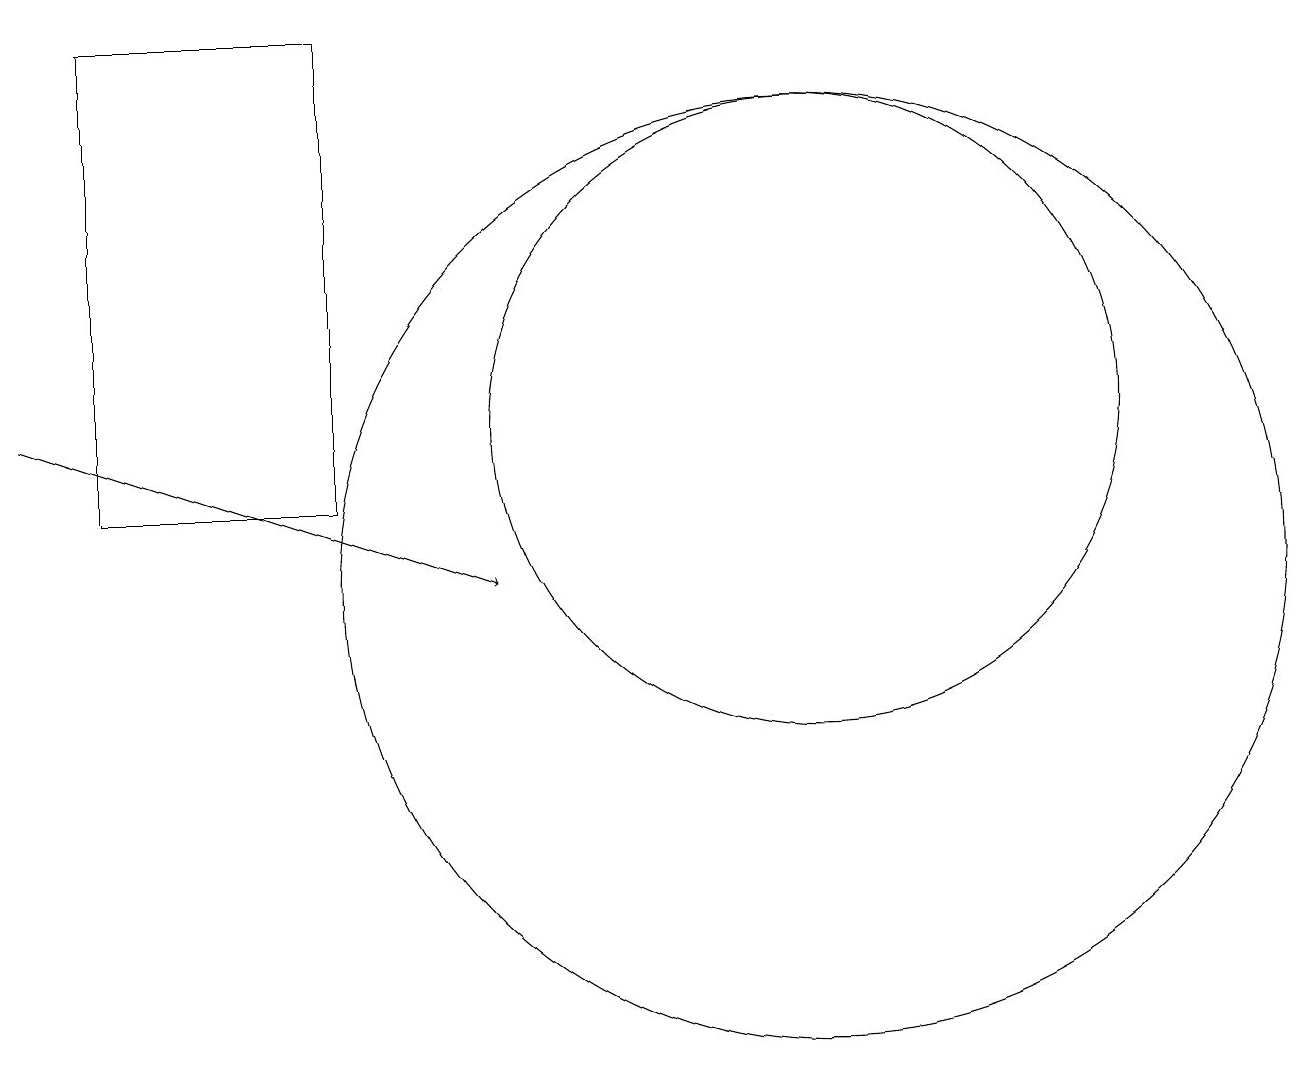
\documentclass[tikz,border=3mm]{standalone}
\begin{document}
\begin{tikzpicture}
\draw (11,12) circle (4);
\draw[->] (1,12) -- (7,10);
\draw (2,17) rectangle (5,11);
\draw (11,10) circle (6);
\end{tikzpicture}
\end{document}